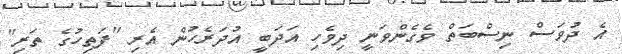
އެ ދުވަސް ނިސްބަތް ވެގެންވަނީ ދިވެހި އަދަބީ އުދަރެހުން އެރި "ފަތިހުގެ ތަރި"